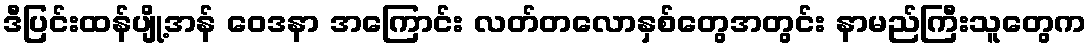
ဒီပြင်းထန်ပျို့အန် ဝေဒနာ အကြောင်း လတ်တလောနှစ်တွေအတွင်း နာမည်ကြီးသူတွေက